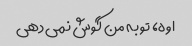
اوه، تو به من گوش نمی دهی